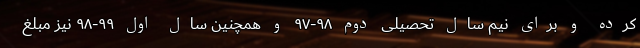
کرده و برای نیم سال تحصیلی دوم ۹۸-۹۷ و همچنین سال اول ۹۹-۹۸ نیز مبلغ